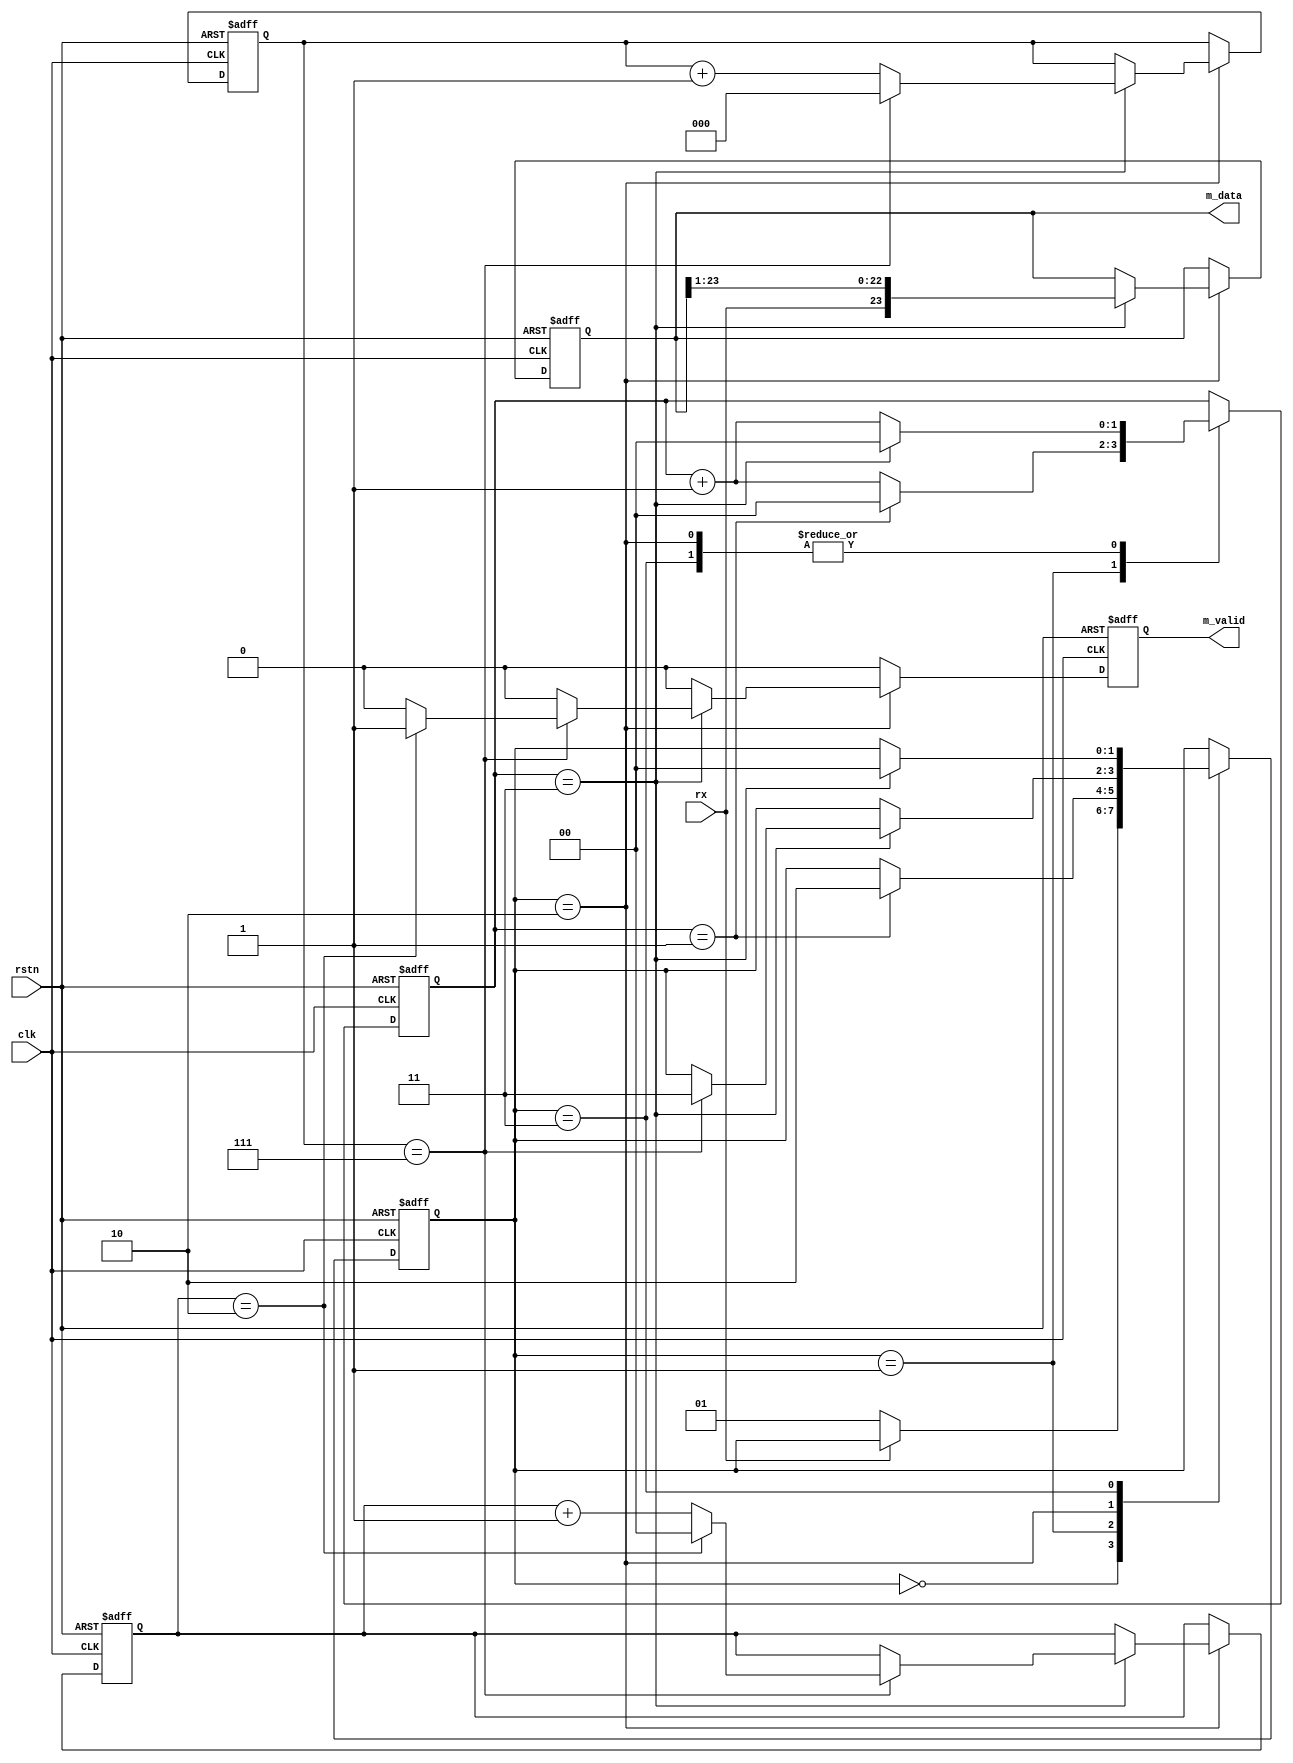
module uart_rx #(
  parameter CLOCKS_PER_PULSE = 4, //200_000_000/9600
            BITS_PER_WORD    = 8,
            W_OUT = 24 //R*C*W_K + C*W_X,
)(
  input  wire clk, rstn, rx,
  output reg  m_valid,
  output reg  [W_OUT-1:0] m_data
);
  localparam  NUM_WORDS = W_OUT/BITS_PER_WORD;

  // Counters

  reg [$clog2(CLOCKS_PER_PULSE) -1:0] c_clocks;
  reg [$clog2(BITS_PER_WORD)    -1:0] c_bits  ;
  reg [$clog2(NUM_WORDS)        -1:0] c_words ;

  // State Machine


  localparam IDLE=0, START=1, DATA=2, END=3;
  reg [1:0] state;

  always @(posedge clk or negedge rstn) begin
    
    if (!rstn) begin
      {c_words, c_bits, c_clocks, m_valid, m_data} <= '0;
      state <= IDLE;
    end else begin
      m_valid <= 0;
      
      case (state)

        IDLE :  if (rx == 0)                      
                  state <= START;

        START:  if (c_clocks == CLOCKS_PER_PULSE/2-1) begin
                  state <= DATA;
                  c_clocks <= 0;
                end else
                  c_clocks <= c_clocks + 1;

        DATA :  if (c_clocks == CLOCKS_PER_PULSE-1) begin
                  c_clocks <= 0;
                  m_data   <= {rx, m_data[W_OUT-1:1]};

                  if (c_bits == BITS_PER_WORD-1) begin
                    state  <= END;
                    c_bits <= 0;

                    if (c_words == NUM_WORDS-1) begin
                      m_valid <= 1;
                      c_words <= 0;

                    end else c_words <= c_words + 1;
                  end else c_bits <= c_bits + 1;
                end else c_clocks <= c_clocks + 1;

        END  :  if (c_clocks == CLOCKS_PER_PULSE-1) begin
                  state <= IDLE;
                  c_clocks <= 0;
                end else
                  c_clocks <= c_clocks + 1;
      endcase
      end
  end
endmodule